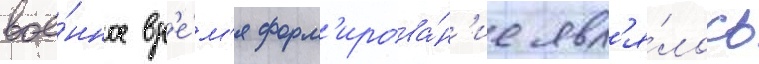
вое́нное вр'е́м'я форм'ирова́н'ие явл'я́лось